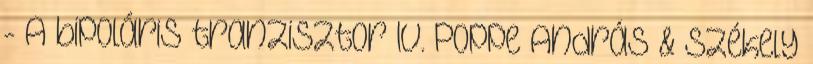
- A bipoláris tranzisztor IV. Poppe András & Székely